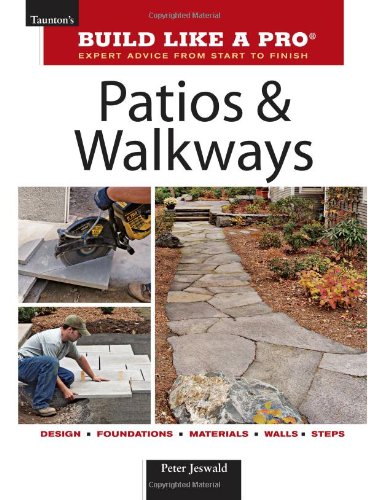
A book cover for Patios and Walkways (Taunton's Build Like a Pro); Peter Jeswald; Crafts, Hobbies & Home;